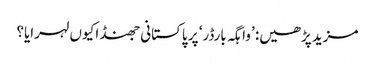
مزید پڑھیں: ’واہگہ بارڈر‘ پر پاکستانی جھنڈا کیوں لہرایا؟